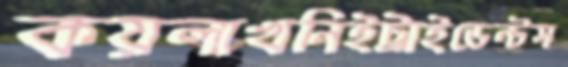
কয়লাখনিইট্রাইডেন্টস